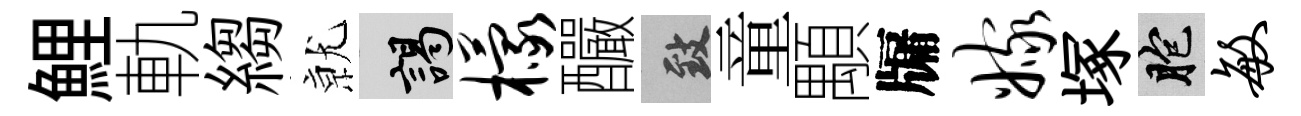
鯉軌縐𭕒謁檬釅致童顒牖嫁塚胞敏